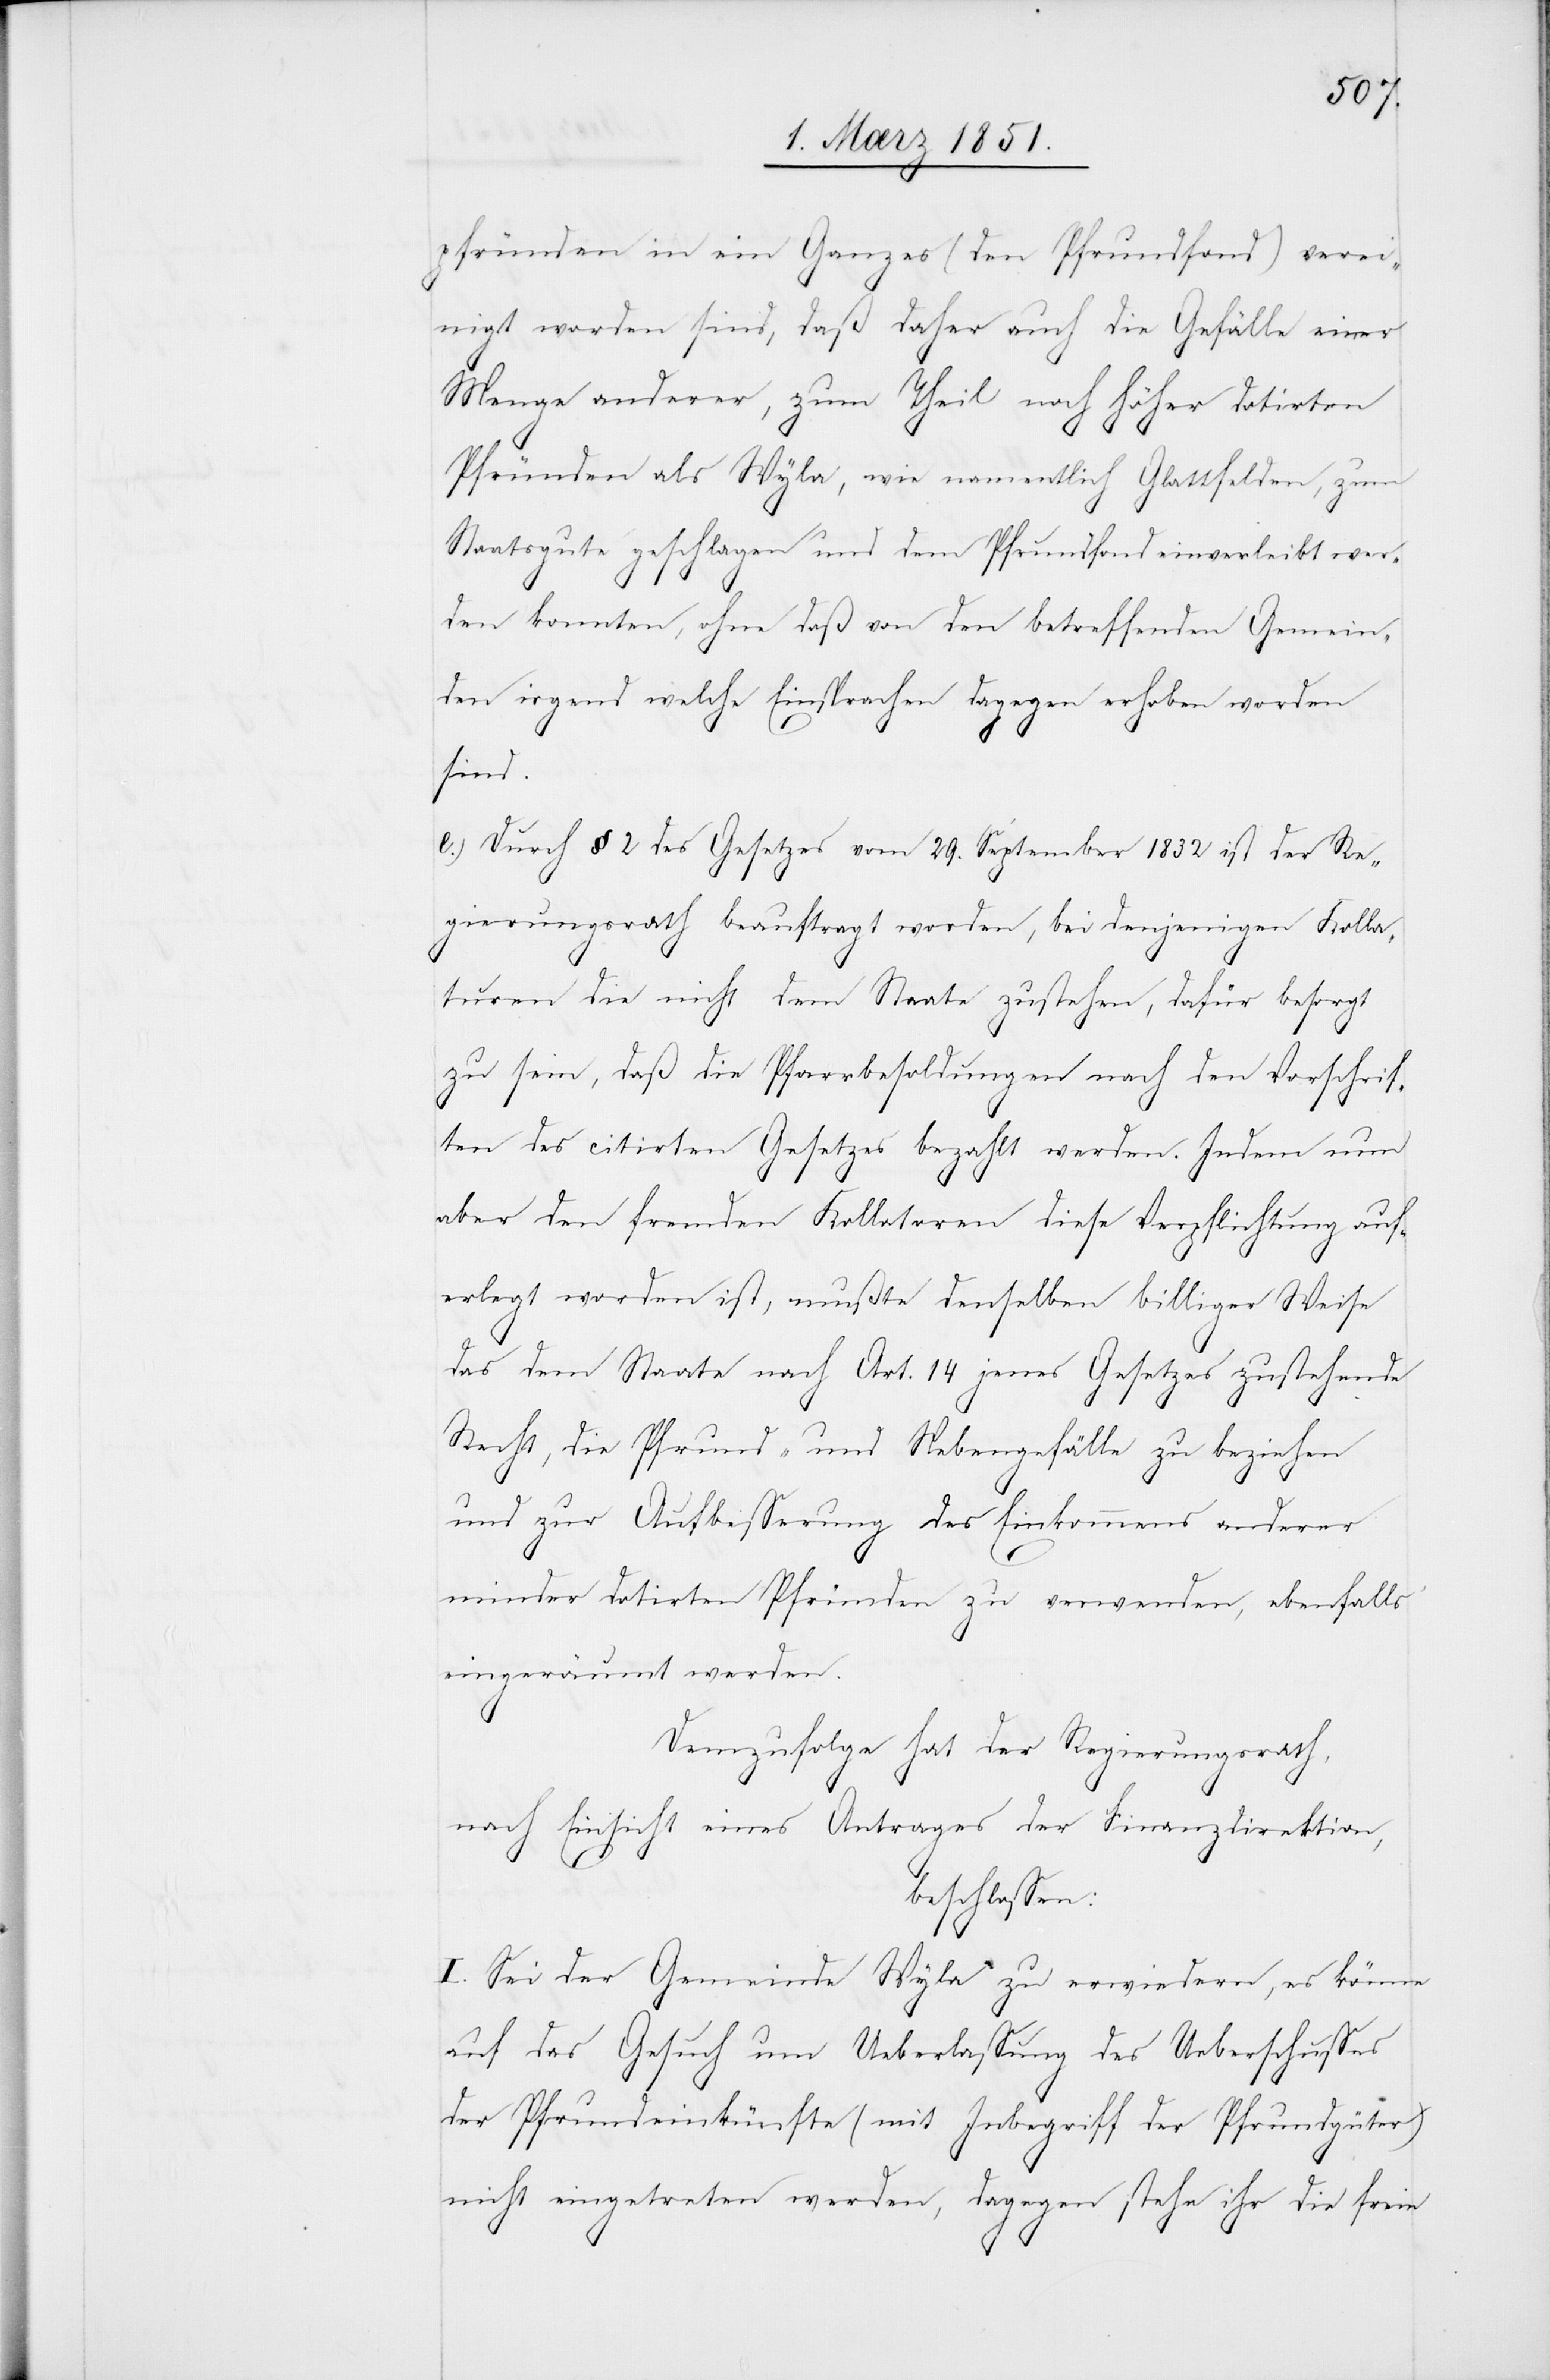
pfründen in ein Ganzes (den Pfrundfond) verei¬
nigt worden sind, daß daher auch die Gefälle einer
Menge anderer, zum Theil noch höher dotirten
Pfründen als Wyla, wie namentlich Glattfelden, zum
Staatsgute geschlagen und dem Pfrundfond einverleibt wer¬
den konnten, ohne daß von den betreffenden Gemein¬
den irgend welche Einsprachen dagegen erhoben worden
ein¬
Durch § 2 des Gesetzes vom 29. September 1832 ist der Re¬
gierungsrath beauftragt worden, bei denjenigen Kolla¬
turen die nicht dem Staate zustehen, dafür besorgt
zu sein, daß die Pfarrbesoldungen nach den Vorschrif¬
ten des citirten Gesetzes bezahlt werden. Indem nun
aber den fremden Kollatoren diese Verpflichtung auf¬
erlegt worden ist, mußte denselben billiger Weise
das dem Staate nach Art. 14 jenes Gesetzes zustehende
Recht, die Pfrund- und Nebengefälle zu beziehen
und zur Aufbesserung des Einkommens anderer
minder dotirten Pfründen zu verwenden, ebenfalls
geräumt werden.
Demzufolge hat der Regierungsrath,
nach Einsicht eines Antrages der Finanzdirektion,
beschlossen:
I. Sei der Gemeinde Wyla zu erwiedern, es könne
auf das Gesuch um Ueberlassung des Ueberschusses
der Pfrundeinkünfte (mit Inbegriff der Pfrundgüter)
nicht eingetreten werden, dagegen stehe ihr die freie